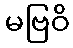
မဗြဝိ